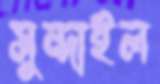
সুন্দাইল